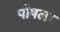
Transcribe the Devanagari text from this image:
पौषला